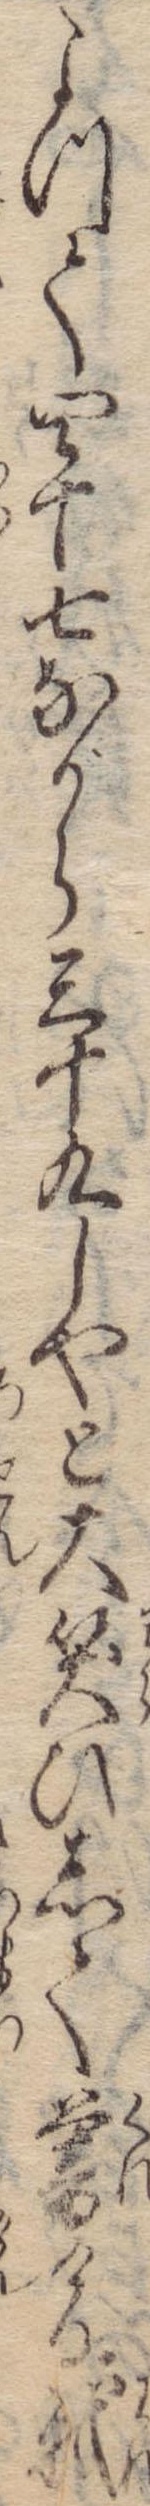
よつて四十七ながら三十九しやと大笑ひして暮ける我